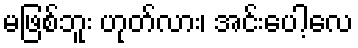
မဖြစ်ဘူး ဟုတ်လား၊ အင်းပေါ့လေ